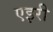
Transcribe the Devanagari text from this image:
एइरी